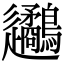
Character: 𨙧